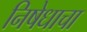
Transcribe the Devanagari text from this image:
निषेधाचा